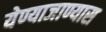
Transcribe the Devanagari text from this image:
येण्याजाण्यास